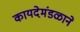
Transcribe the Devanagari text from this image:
कायदेमंडळाने